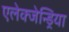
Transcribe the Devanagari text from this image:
एलेक्जेन्ड्रिया